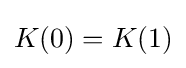
K(0)=K(1)